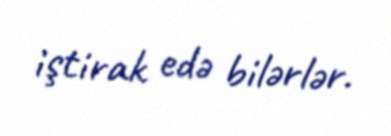
iştirak edə bilərlər.